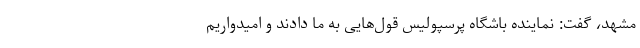
مشهد، گفت: نماینده باشگاه پرسپولیس قول‌هایی به ما دادند و امیدواریم